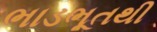
ભાડભૂતથી